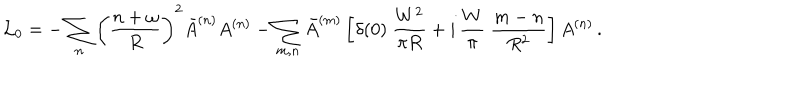
LaTeX: \mathcal { L } _ { 0 } = - \sum _ { n } \left( \frac { n + \omega } { R } \right) ^ { 2 } \bar { A } ^ { ( n ) } A ^ { ( n ) } - \sum _ { m , n } \bar { A } ^ { ( m ) } \left[ \delta ( 0 ) \ \frac { W ^ { 2 } } { \pi R } + i \, \frac { W } { \pi } \ \frac { m - n } { R ^ { 2 } } \right] A ^ { ( n ) } \, .